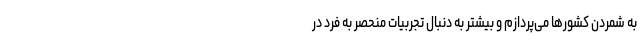
به شمردن کشورها می‌پردازم و بیشتر به دنبال تجربیات منحصر به فرد در